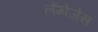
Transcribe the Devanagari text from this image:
लेंग्वेजेस